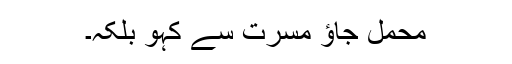
محمل جاؤ مسرت سے کہو بلکہ۔